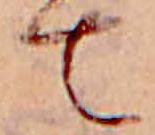
て